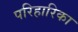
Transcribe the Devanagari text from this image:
परिहारिका